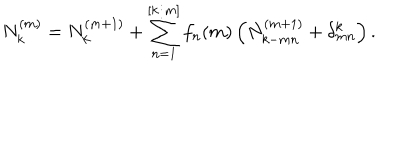
LaTeX: N _ { k } ^ { ( m ) } = N _ { k } ^ { ( m + 1 ) } + \sum _ { n = 1 } ^ { [ k / m ] } f _ { n } ( m ) \left( N _ { k - m n } ^ { ( m + 1 ) } + \delta _ { m n } ^ { k } \right) .